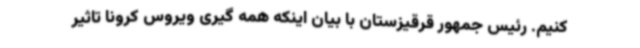
کنیم. رئیس جمهور قرقیزستان با بیان اینکه همه گیری ویروس کرونا تاثیر